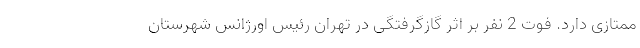
ممتازی دارد. فوت 2 نفر بر اثر گازگرفتگی در تهران رئیس اورژانس شهرستان